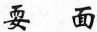
耍面